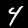
Digit: 4